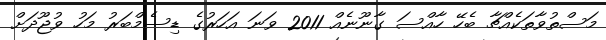
މަސްތުވާތަކެއްޗާ ބެހޭ ހާއްސަ ގާނޫނެއް 2011 ވަނަ އަހަރުގެ ޑިސެމްބަރު މަހު ވުޖޫދަށް